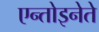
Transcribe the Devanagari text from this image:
एन्तोइनेते